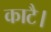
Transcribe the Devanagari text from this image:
काटै।